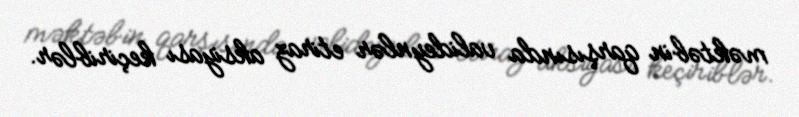
məktəbin qarşısında valideynlər etiraz aksiyası keçiriblər.